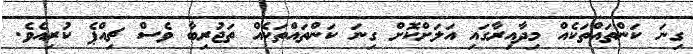
ގިނަ ކަންތައްތަކެއް މިދާއިރާގައި އަލަށްކޮށް ގިނަ ކަންތައްތަކެއް ތަޖުރިބާ ވެސް ޗިއްޕެ ކުރިއެވެ.